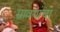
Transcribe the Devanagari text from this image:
स्रावयांचा